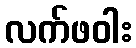
လက်ဖဝါး